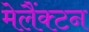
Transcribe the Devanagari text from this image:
मेलैंक्टन